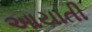
આયાતી